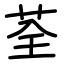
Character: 荃